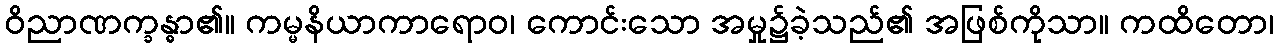
ဝိညာဏက္ခန္ဓာ၏။ ကမ္မနိယာကာရောဝ၊ ကောင်းသော အမှု၌ခဲ့သည်၏ အဖြစ်ကိုသာ။ ကထိတော၊